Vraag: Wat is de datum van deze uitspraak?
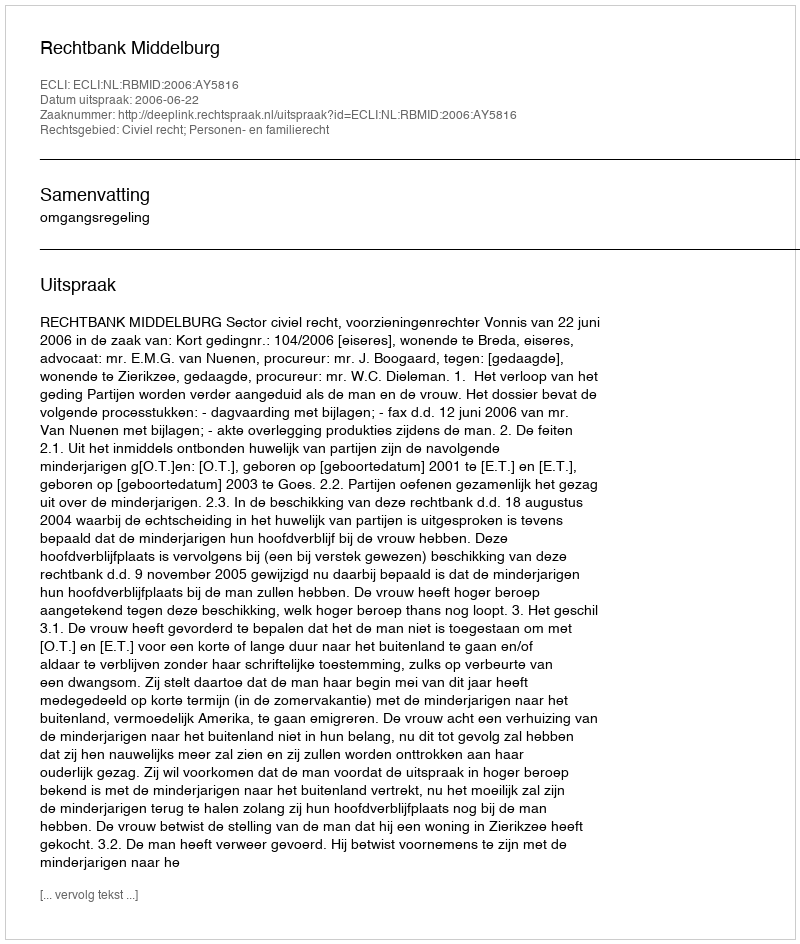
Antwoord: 2006-06-22